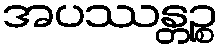
အပဿန္တဉ္စ